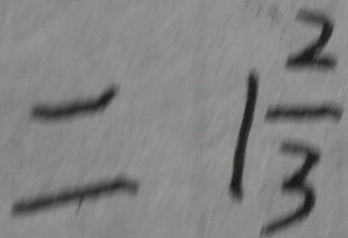
= 1 \frac { 2 } { 3 }